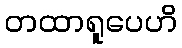
တထာရူပေဟိ